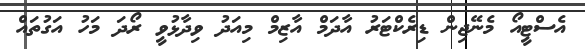
އެސްޓީއޯ މެނޭޖިން ޑިރެކްޓަރު އާދަމް އާޒިމް މިއަދު ވިދާޅުވީ ރޯދަ މަހު އަގުތައް